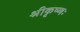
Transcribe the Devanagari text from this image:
श्रीकृष्णः